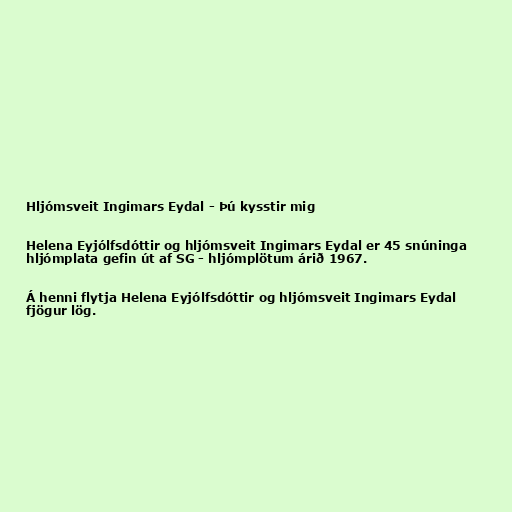
Hljómsveit Ingimars Eydal - Þú kysstir mig

Helena Eyjólfsdóttir og hljómsveit Ingimars Eydal er 45 snúninga
hljómplata gefin út af SG - hljómplötum árið 1967.

Á henni flytja Helena Eyjólfsdóttir og hljómsveit Ingimars Eydal
fjögur lög.